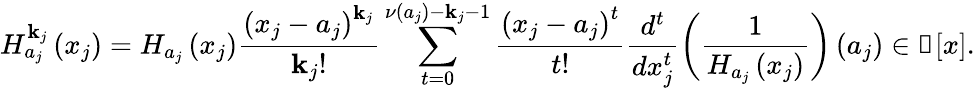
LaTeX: H_{a_{j}}^{\mathbf{k}_{j}}\left(x_{j}\right)=H_{a_{j}}\left(x_{j}\right)\frac{{\left(x_{j}-a_{j}\right)^{\mathbf{k}_{j}}}}{{\mathbf{k}_{j}!}}\sum_{t=0}^{\nu\left(a_{j}\right)-\mathbf{k}_{j}-1}\frac{{\left(x_{j}-a_{j}\right)^{t}}}{{t!}}\frac{{d^{t}}}{{dx_{j}^{t}}}\left(\frac{{1}}{{H_{a_{j}}\left(x_{j}\right)}}\right)\left(a_{j}\right)\in\Bbbk[x].